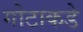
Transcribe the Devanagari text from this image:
गोटाकडे